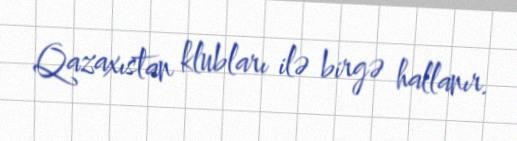
Qazaxıstan klubları ilə birgə hallanır.